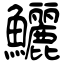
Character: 鱺